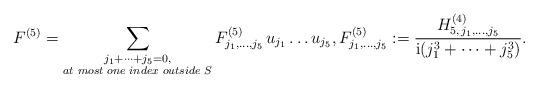
LaTeX: \begin{align*}F^{(5)}=\sum_{\substack{j_1+\dots+j_5=0,\\ at\,\,most\,\,one\,\,index\,\,outside\,\,S}} F^{(5)}_{j_1, \dots, j_5}\,u_{j_1}\dots u_{j_5}, F^{(5)}_{j_1, \dots, j_5}:=\dfrac{ H^{(4)}_{5,\,j_1,\dots, j_5}}{\mathrm{i}(j_1^3+\dots+j_5^3)}.\end{align*}